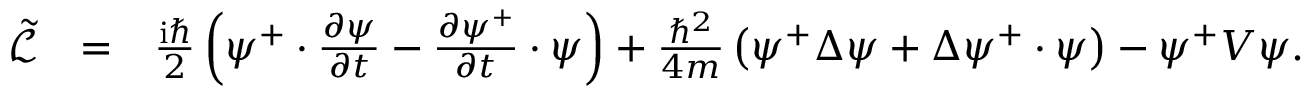
\begin{array} { r l r } { \tilde { \mathcal { L } } } & { = } & { \frac { \mathrm { i } \hbar } { 2 } \left( \psi ^ { + } \cdot \frac { \partial \psi } { \partial t } - \frac { \partial \psi ^ { + } } { \partial t } \cdot \psi \right) + \frac { \hbar ^ { 2 } } { 4 m } \left( \psi ^ { + } \Delta \psi + \Delta \psi ^ { + } \cdot \psi \right) - \psi ^ { + } V \psi . } \end{array}